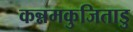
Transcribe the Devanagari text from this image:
कन्नमकुजिताडु